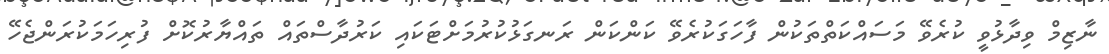
ނާޒިމް ވިދާޅުވީ ކުރެވޭ މަސައްކަތްތަކުން ފާހަގަކުރެވޭ ކަންކަން ރަނގަޅުކުރުމަށްޓަކައި ކަރުދާސްތައް ތައްޔާރުކޮށް ފުރިހަމަކުރަންޖެހޭ